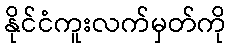
နိုင်ငံကူးလက်မှတ်ကို